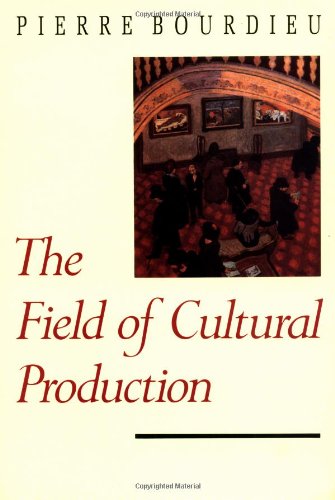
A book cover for The Field of Cultural Production; Pierre Bourdieu; Politics & Social Sciences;